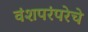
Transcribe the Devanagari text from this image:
वंशपरंपरेचे